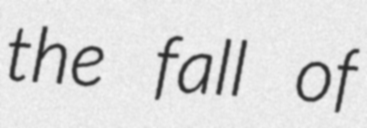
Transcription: the fall of